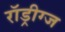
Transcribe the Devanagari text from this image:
रॉड्रीग्ज